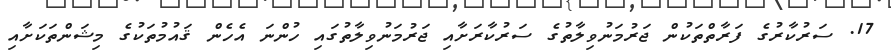
17. ސަރުކާރުގެ ފަރާތްތަކުން ޖަރުމަނުވިލާތުގެ ސަރުކާރަށާއި ޖަރުމަނުވިލާތުގައި ހުންނަ އެހެން ޤައުމުތަކުގެ މިޝަންތަކަށާއި